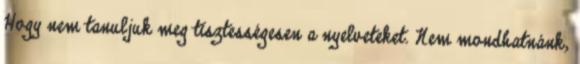
Hogy nem tanuljuk meg tisztességesen a nyelveteket. Nem mondhatnánk,